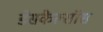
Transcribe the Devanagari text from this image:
डेसकैल्सॉस